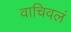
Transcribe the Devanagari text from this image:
वाचिवलं